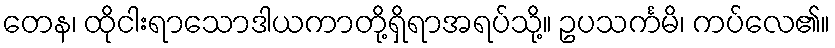
တေန၊ ထိုငါးရာသောဒါယကာတို့ရှိရာအရပ်သို့။ ဥပသင်္ကမိ၊ ကပ်လေ၏။